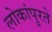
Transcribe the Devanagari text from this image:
लोकांपुरते